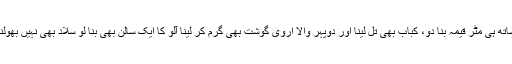
ساتھ ہی مٹر قیمہ بنا دو، کباب بھی تل لینا اور دوپہر والا اروی گوشت بھی گرم کر لینا آلو کا ایک سالن بھی بنا لو سلاد بھی نہیں بھولنا۔